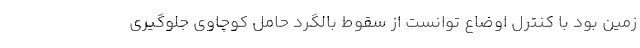
زمین بود با کنترل اوضاع توانست از سقوط بالگرد حامل کوچاوی جلوگیری